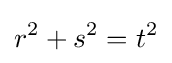
r^{2}+s^{2}=t^{2}